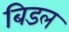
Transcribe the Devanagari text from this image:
बिडल